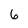
Character: 6